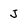
Character: J